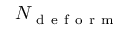
N _ { \mathrm { ~ d ~ e ~ f ~ o ~ r ~ m ~ } }